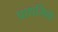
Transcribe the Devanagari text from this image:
प्राथमिक